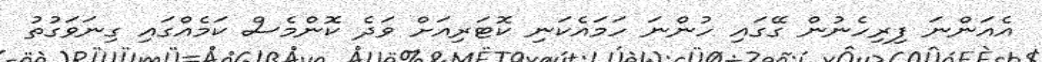
އެއަންނަ ފިރިހެނުން ގޭގައި ހުންނަ ހަމައެކަނި ކޮޓަރިއަށް ވަދެ ކޮންމެސް ކަމެއްގައި ގިނަވަގުތު